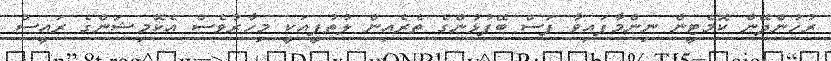
ރުހުންދޭން ކޮމެޓީން ނިންމާފައިވާ ފަސް ބޭފުޅުންގެ ތެރެއިން ލުތުފީއަކީ މިހާރުވެސް އެކޮމިޝަންގެ ރައީސް